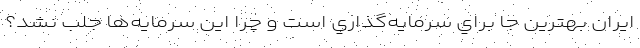
ايران بهترين جا براي سرمايه‌گذاري است و چرا اين سرمايه‌ها جلب نشد؟